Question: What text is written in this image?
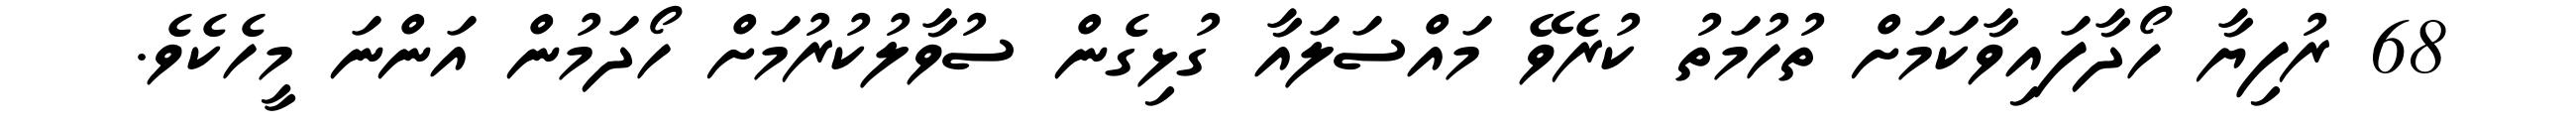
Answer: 68 ރުފިޔާ ހޯދާފައިވާކަމަށް ތުހުމަތު ކުރެވޭ މައްސަލައާ ގުޅިގެން ސުވާލުކުރުމަށް ހޯދަމުން އަންނަ މީހެކެވެ.